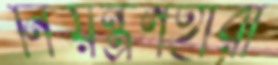
নিয়ন্ত্রণহারা